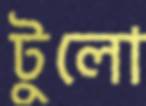
টুলো